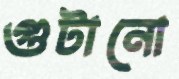
গুটানো